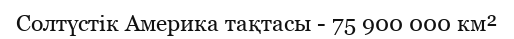
Солтүстік Америка тақтасы - 75 900 000 км²